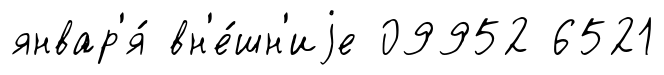
январ'я́ вн'е́шн'иjе 09952 6521